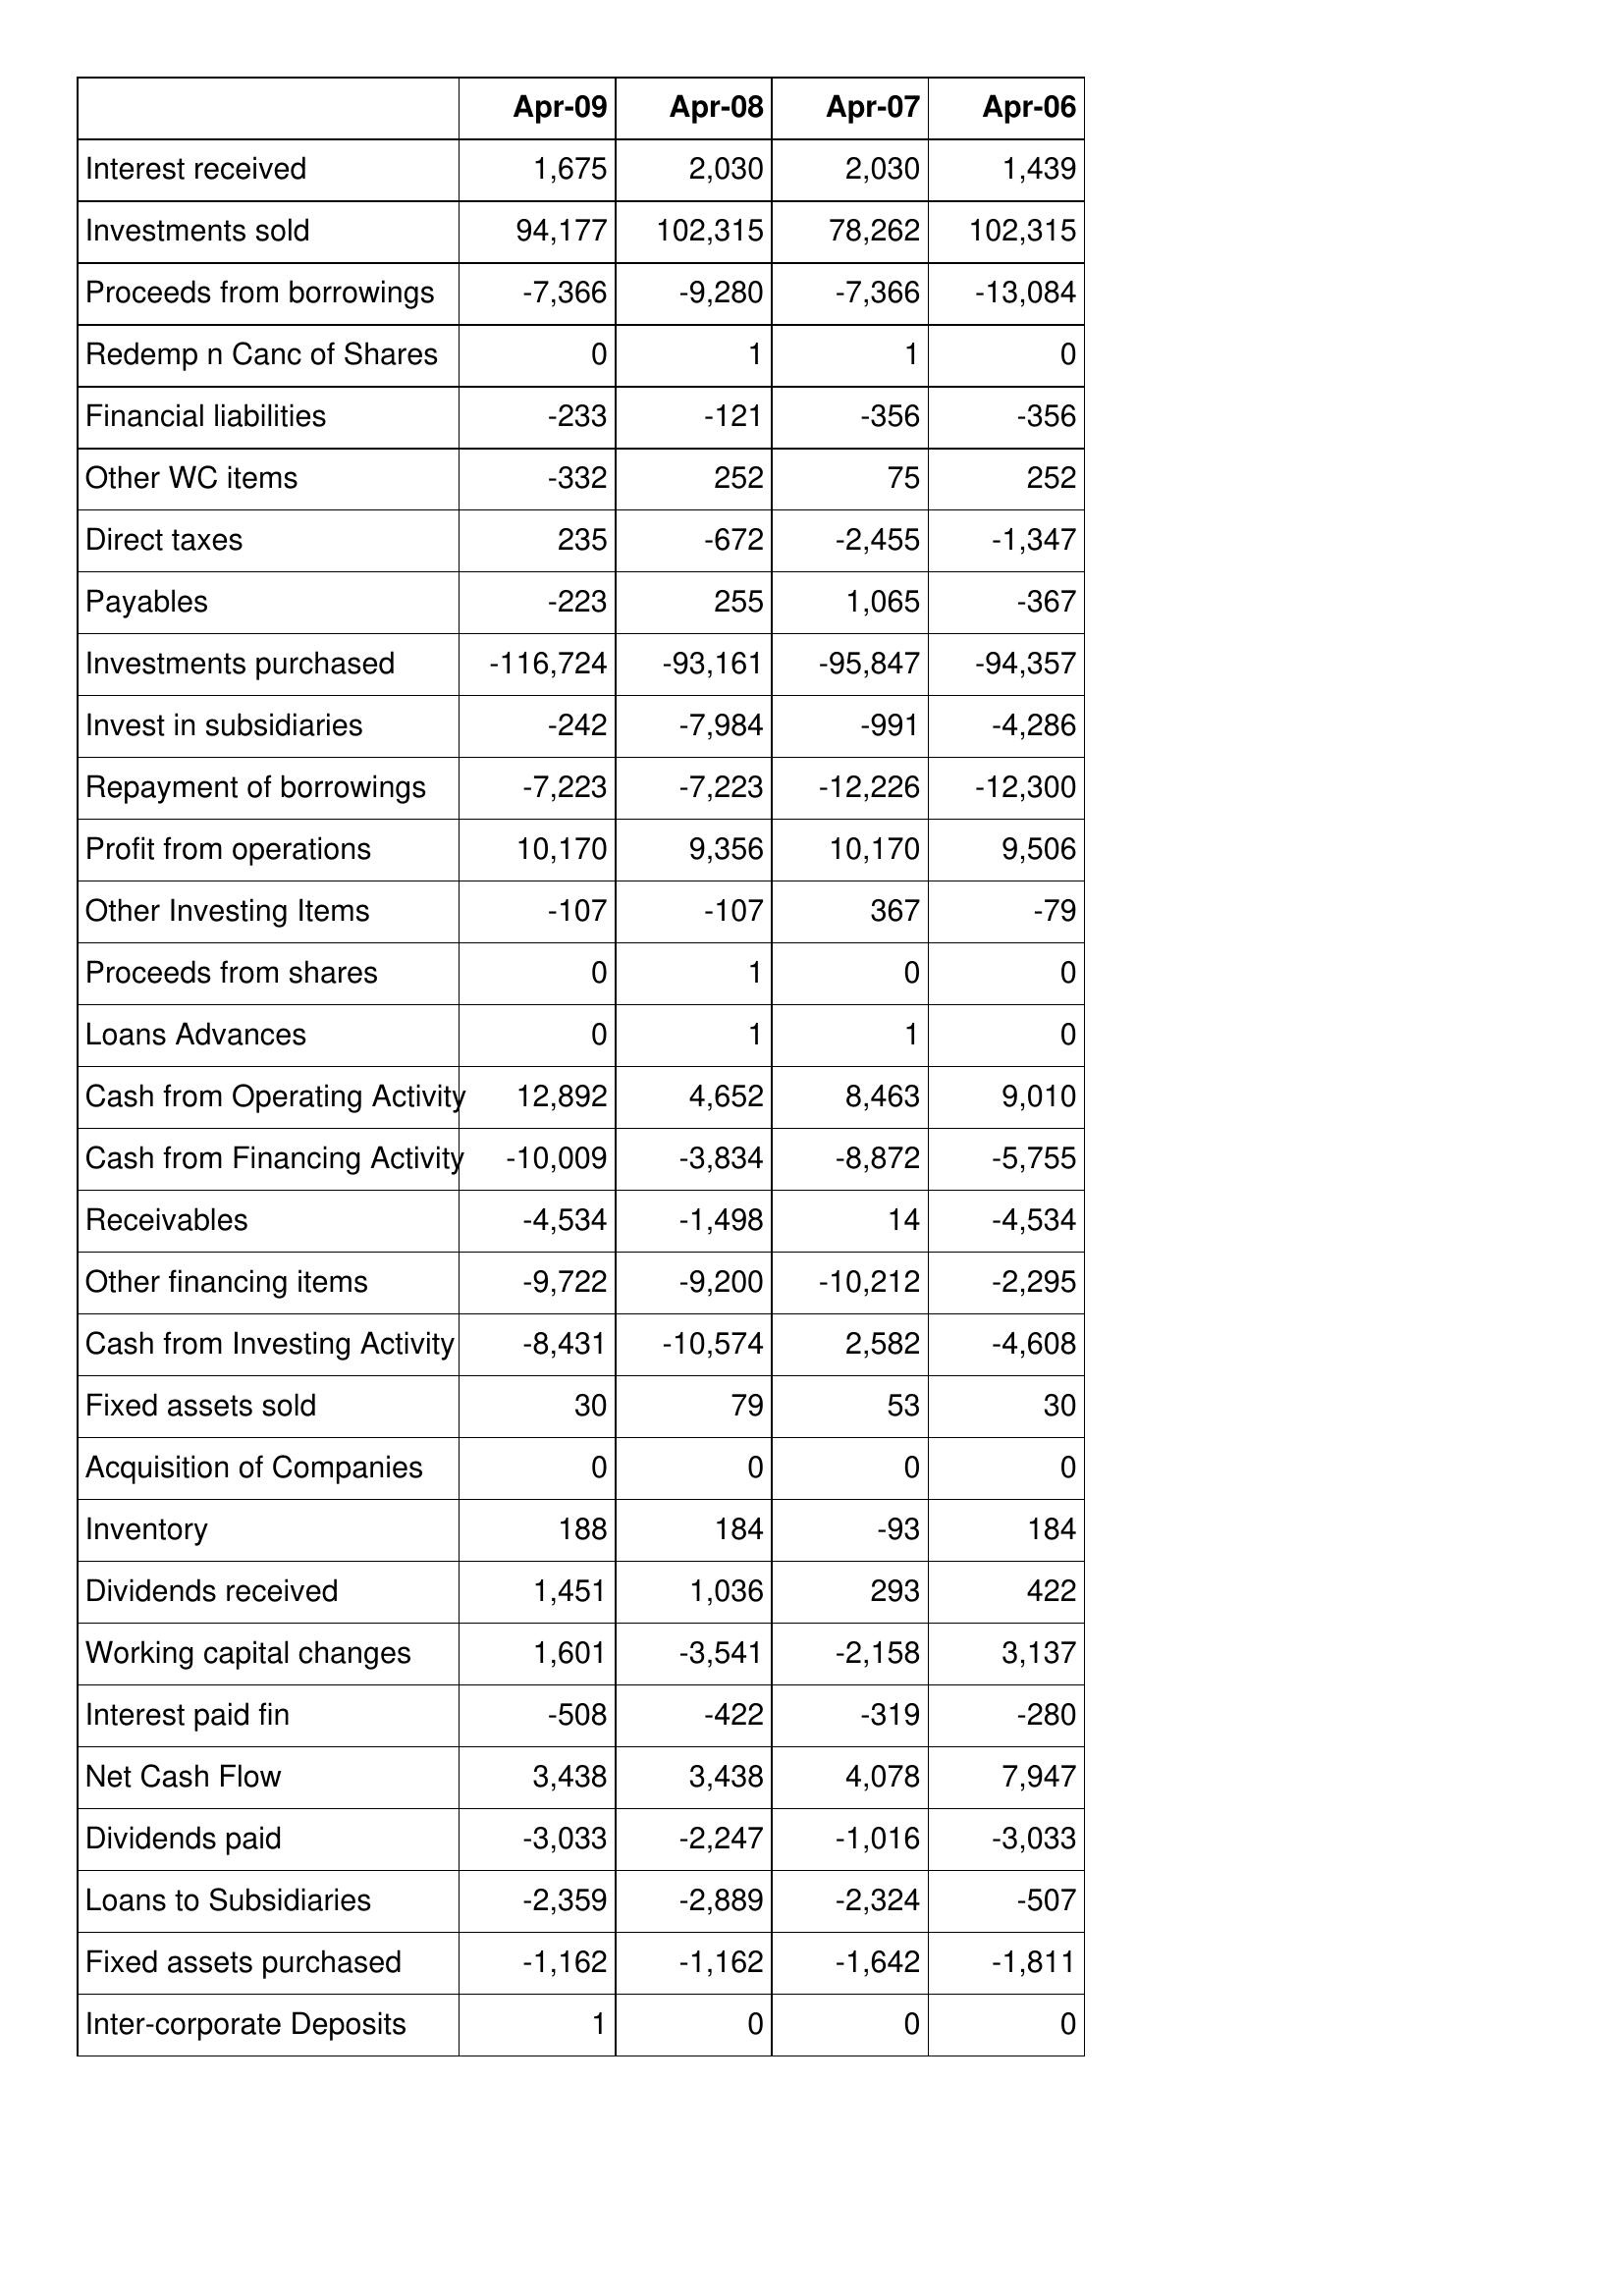
Apr-09: Cash Flows: Interest received: 1,675
Investments sold: 94,177
Proceeds from borrowings: -7,366
Redemp n Canc of Shares: 0
Financial liabilities: -233
Other WC items: -332
Direct taxes: 235
Payables: -223
Investments purchased: -116,724
Invest in subsidiaries: -242
Repayment of borrowings: -7,223
Profit from operations: 10,170
Other Investing Items: -107
Proceeds from shares: 0
Loans Advances: 0
Cash from Operating Activity: 12,892
Cash from Financing Activity: -10,009
Receivables: -4,534
Other financing items: -9,722
Cash from Investing Activity: -8,431
Fixed assets sold: 30
Acquisition of Companies: 0
Inventory: 188
Dividends received: 1,451
Working capital changes: 1,601
Interest paid fin: -508
Net Cash Flow: 3,438
Dividends paid: -3,033
Loans to Subsidiaries: -2,359
Fixed assets purchased: -1,162
Inter-corporate Deposits: 1
Apr-08: Cash Flows: Interest received: 2,030
Investments sold: 102,315
Proceeds from borrowings: -9,280
Redemp n Canc of Shares: 1
Financial liabilities: -121
Other WC items: 252
Direct taxes: -672
Payables: 255
Investments purchased: -93,161
Invest in subsidiaries: -7,984
Repayment of borrowings: -7,223
Profit from operations: 9,356
Other Investing Items: -107
Proceeds from shares: 1
Loans Advances: 1
Cash from Operating Activity: 4,652
Cash from Financing Activity: -3,834
Receivables: -1,498
Other financing items: -9,200
Cash from Investing Activity: -10,574
Fixed assets sold: 79
Acquisition of Companies: 0
Inventory: 184
Dividends received: 1,036
Working capital changes: -3,541
Interest paid fin: -422
Net Cash Flow: 3,438
Dividends paid: -2,247
Loans to Subsidiaries: -2,889
Fixed assets purchased: -1,162
Inter-corporate Deposits: 0
Apr-07: Cash Flows: Interest received: 2,030
Investments sold: 78,262
Proceeds from borrowings: -7,366
Redemp n Canc of Shares: 1
Financial liabilities: -356
Other WC items: 75
Direct taxes: -2,455
Payables: 1,065
Investments purchased: -95,847
Invest in subsidiaries: -991
Repayment of borrowings: -12,226
Profit from operations: 10,170
Other Investing Items: 367
Proceeds from shares: 0
Loans Advances: 1
Cash from Operating Activity: 8,463
Cash from Financing Activity: -8,872
Receivables: 14
Other financing items: -10,212
Cash from Investing Activity: 2,582
Fixed assets sold: 53
Acquisition of Companies: 0
Inventory: -93
Dividends received: 293
Working capital changes: -2,158
Interest paid fin: -319
Net Cash Flow: 4,078
Dividends paid: -1,016
Loans to Subsidiaries: -2,324
Fixed assets purchased: -1,642
Inter-corporate Deposits: 0
Apr-06: Cash Flows: Interest received: 1,439
Investments sold: 102,315
Proceeds from borrowings: -13,084
Redemp n Canc of Shares: 0
Financial liabilities: -356
Other WC items: 252
Direct taxes: -1,347
Payables: -367
Investments purchased: -94,357
Invest in subsidiaries: -4,286
Repayment of borrowings: -12,300
Profit from operations: 9,506
Other Investing Items: -79
Proceeds from shares: 0
Loans Advances: 0
Cash from Operating Activity: 9,010
Cash from Financing Activity: -5,755
Receivables: -4,534
Other financing items: -2,295
Cash from Investing Activity: -4,608
Fixed assets sold: 30
Acquisition of Companies: 0
Inventory: 184
Dividends received: 422
Working capital changes: 3,137
Interest paid fin: -280
Net Cash Flow: 7,947
Dividends paid: -3,033
Loans to Subsidiaries: -507
Fixed assets purchased: -1,811
Inter-corporate Deposits: 0